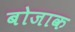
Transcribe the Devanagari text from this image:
बोजाक